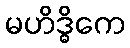
မဟိဒ္ဓိကေ